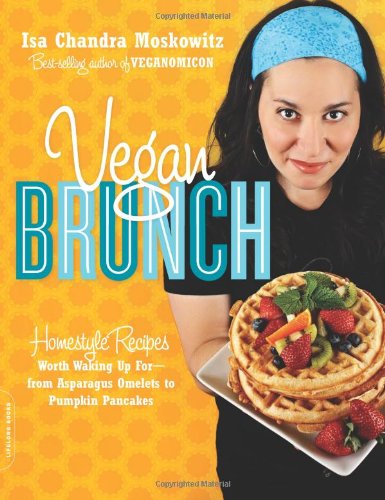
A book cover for Vegan Brunch: Homestyle Recipes Worth Waking Up For--From Asparagus Omelets to Pumpkin Pancakes; Isa Chandra Moskowitz; Cookbooks, Food & Wine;